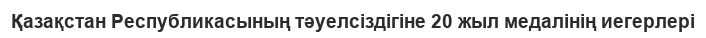
Қазақстан Республикасының тәуелсіздігіне 20 жыл медалінің иегерлері